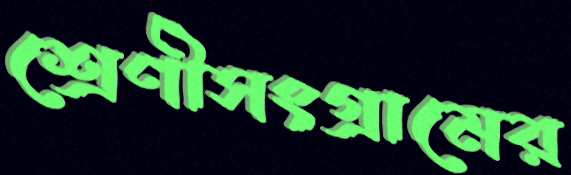
শ্রেণীসংগ্রামের